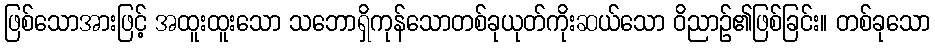
ဖြစ်သောအားဖြင့် အထူးထူးသော သဘောရှိကုန်သောတစ်ခုယုတ်ကိုးဆယ်သော ဝိညာဉ်၏ဖြစ်ခြင်း။ တစ်ခုသော